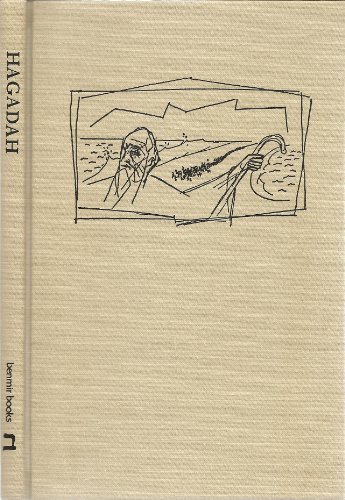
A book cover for The Bay Area Jewish Forum Hagadah; Philip Schild; Religion & Spirituality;